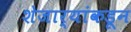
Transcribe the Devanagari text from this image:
शेजार्‍यांकडून